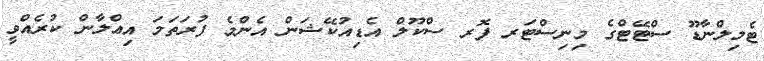
ޓެމިލްނާޑޫ ސްޓޭޓްގެ މިނިސްޓަރ ފޮރ ސްކޫލް އެޑިއުކޭޝަން އެންމެ ފުރަތަމަ އިޢްލާން ކުރެއްވީ